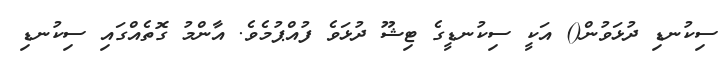
ސިކުނޑި ދުޅަވުން() އަކީ ސިކުނޑީގެ ޓިޝޫ ދުޅަވެ ފުއްޕުމެވެ. އާންމު ގޮތެއްގައި ސިކުނޑި